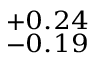
^ { + 0 . 2 4 } _ { - 0 . 1 9 }